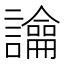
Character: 𧭆